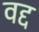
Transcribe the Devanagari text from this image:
वद्द